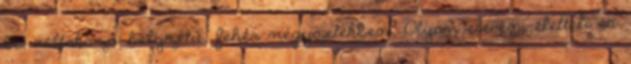
be, váltakozó helyzetű, fehér négyzetekben. Olyan eleven, életteli és